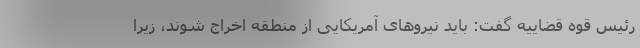
رئیس قوه قضاییه گفت: باید نیرو‌های آمریکایی از منطقه اخراج شوند، زیرا